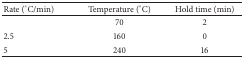
<table><thead><tr><td><b>Rate (°C/min)</b></td><td><b>Temperature (°C)</b></td><td><b>Hold time (min)</b></td></tr></thead><tbody><tr><td> </td><td>70</td><td>2</td></tr><tr><td>2.5</td><td>160</td><td>0</td></tr><tr><td>5</td><td>240</td><td>16</td></tr></tbody></table>